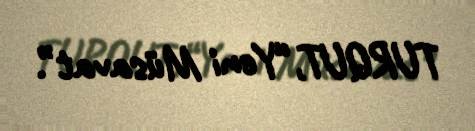
TURQUT,“Yeni Müsavat”.